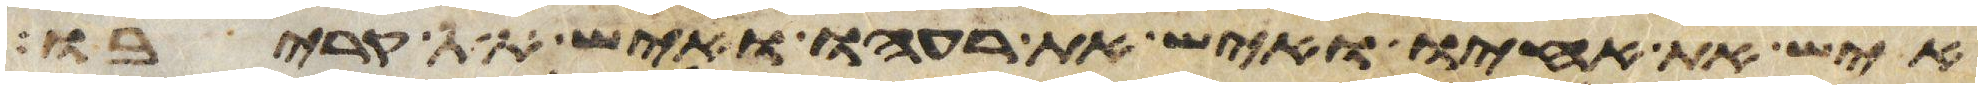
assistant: איש את אחיו ואיש את רעהו ואיש את קריבו